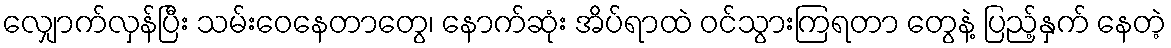
လျှောက်လှန်ပြီး သမ်းဝေနေတာတွေ၊ နောက်ဆုံး အိပ်ရာထဲ ဝင်သွားကြရတာ တွေနဲ့ ပြည့်နှက် နေတဲ့